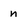
Character: n